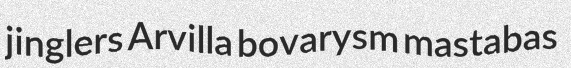
jinglers Arvilla bovarysm mastabas